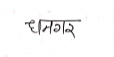
मजकूर: धनगर